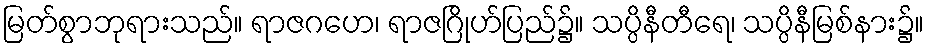
မြတ်စွာဘုရားသည်။ ရာဇဂဟေ၊ ရာဇဂြိုဟ်ပြည်၌။ သပ္ပိနီတီရေ၊ သပ္ပိနီမြစ်နား၌။